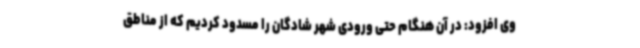
وی افزود: در آن هنگام حتی ورودی شهر شادگان را مسدود کردیم که از مناطق